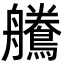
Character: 𪅻